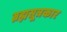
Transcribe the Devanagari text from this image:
ब्रह्मसूत्रकार